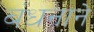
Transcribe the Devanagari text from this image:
बंधनाने